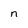
Character: n